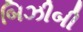
બિઝીબી